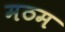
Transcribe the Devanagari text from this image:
मठम